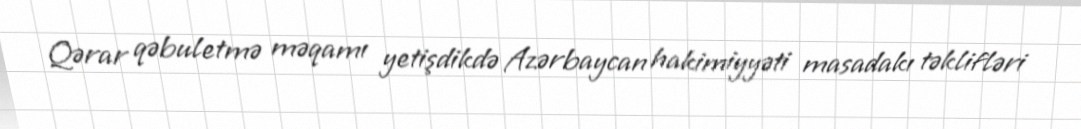
Qərar qəbuletmə məqamı yetişdikdə Azərbaycan hakimiyyəti masadakı təklifləri